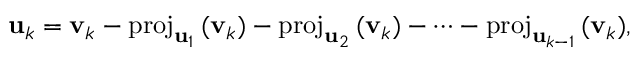
\mathbf { u } _ { k } = \mathbf { v } _ { k } - \mathrm { p r o j } _ { \mathbf { u } _ { 1 } } \, ( \mathbf { v } _ { k } ) - \mathrm { p r o j } _ { \mathbf { u } _ { 2 } } \, ( \mathbf { v } _ { k } ) - \cdots - \mathrm { p r o j } _ { \mathbf { u } _ { k - 1 } } \, ( \mathbf { v } _ { k } ) ,